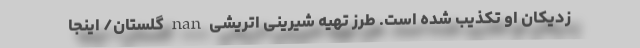
زديكان او تكذيب شده است. طرز تهیه شیرینی اتریشی nan گلستان/ اینجا